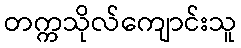
တက္ကသိုလ်ကျောင်းသူ